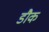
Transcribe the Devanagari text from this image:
डौक